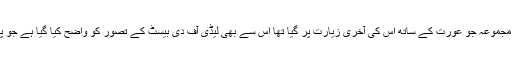
جانوروں کے بادشاہی کے مختلف نمائندوں کا مجموعہ جو عورت کے ساتھ اس کی آخری زیارت پر گیا تھا اس سے بھی لیڈی آف دی بیسٹ کے تصور کو واضح کیا گیا ہے جو پراگیتہاسک اور قدیم عکاسیوں سے مشہور ہیں۔